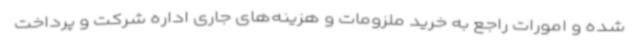
شده و امورات راجع به خرید ملزومات و هزینه‌های جاری اداره شرکت و پرداخت